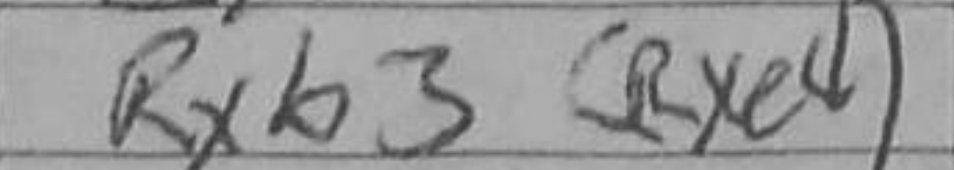
Transcription: Rxb3